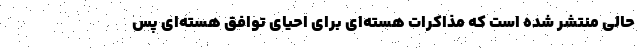
حالی منتشر شده است که مذاکرات هسته‌ای برای احیای توافق هسته‌ای پس